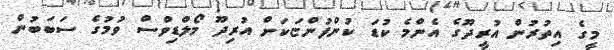
މީގެ އިތުރުން އުރީދޫގެ އެންމެ ކުޑަ ކުންފުންޏަކަށް އުރިދޫ މޯލްޑިވްސް ވުމުގެ ސަބަބުން